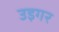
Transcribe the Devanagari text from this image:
उइगर